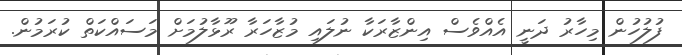
ފުލުހުން މިހާރު ދަނީ އެއްވެސް އިންޒާރަކާ ނުލައި މުޒާހަރާ ރޫޅާލުމަށް މަސައްކަތް ކުރަމުން.